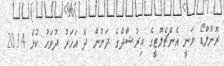
ރޮނާލްޑޯ ވަނީ އެންޗެލޮޓީގެ އިރުޝާދުގެ ދަށުން ދެ އަހަރު ދުވަހު ކުޅެ 2014